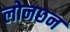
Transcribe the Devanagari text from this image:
लोनछन